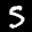
Label: 5